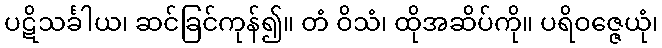
ပဋိသင်္ခါယ၊ ဆင်ခြင်ကုန်၍။ တံ ဝိသံ၊ ထိုအဆိပ်ကို။ ပရိဝဇ္ဇေယုံ၊